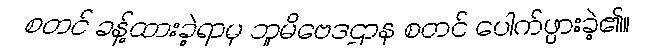
စတင် ခန့်ထားခဲ့ရာမှ ဘူမိဗေဒဌာန စတင် ပေါက်ဖွားခဲ့၏။